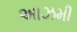
આઝમી